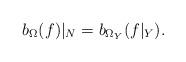
LaTeX: \begin{align*}b_\Omega(f)|_N = b_{\Omega_Y}(f|_Y).\end{align*}